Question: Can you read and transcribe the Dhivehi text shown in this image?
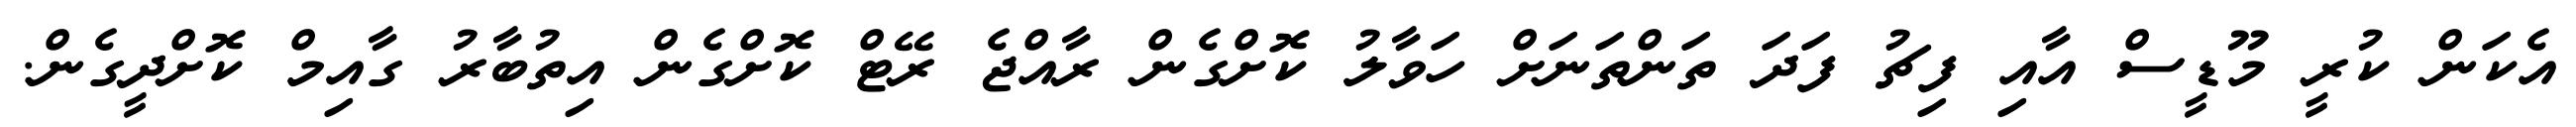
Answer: އެކަން ކުރީ މޫޑީސް އާއި ފިޗު ފަދަ ތަންތަނަށް ހަވާލު ކޮށްގެން ރާއްޖެ ރޭޓް ކޮށްގެން އިތުބާރު ގާއިމް ކޮށްދީގެން.